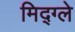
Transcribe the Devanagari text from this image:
मिद्ग्ले